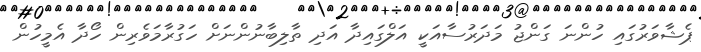
ޕެޝާވަރުގައި ހުންނަ ގަންޖު މަދަރުސާއަކީ އަލްގައިދާ އަދި ތާލިބާނުންނަށް ހަގުރާމަވެރިން ހޯދާ އެމީހުން